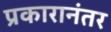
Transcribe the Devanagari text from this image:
प्रकारानंतर